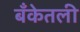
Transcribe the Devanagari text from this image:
बँकेतली